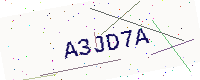
Text: A3JD7A